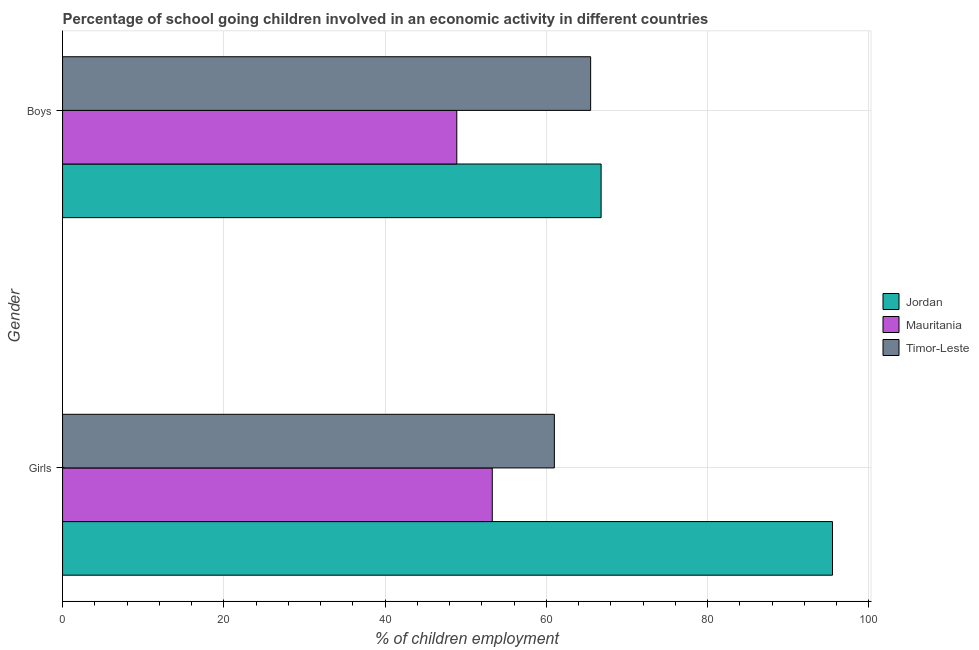
| Gender | Jordan | Mauritania | Timor-Leste |
 | --- | --- | --- | --- |
 | Girls | 95.5 | 53.3 | 61 |
 | Boys | 66.8 | 48.9 | 65.5 |